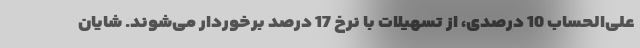
علی‌الحساب 10 درصدی، از تسهیلات با نرخ 17 درصد برخوردار می‌شوند. شایان